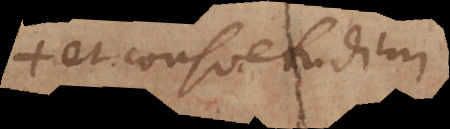
ab ea consuetudine